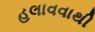
હલાવવાથી